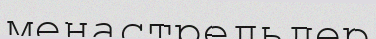
менастрельдер